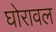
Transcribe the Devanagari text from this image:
घोरावल